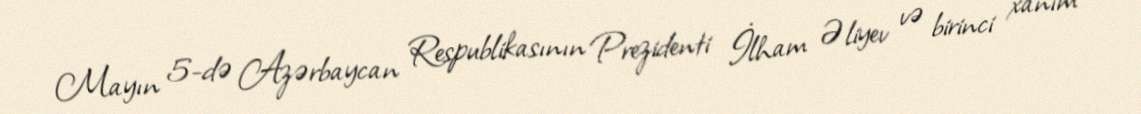
Mayın 5-də Azərbaycan Respublikasının Prezidenti İlham Əliyev və birinci xanım